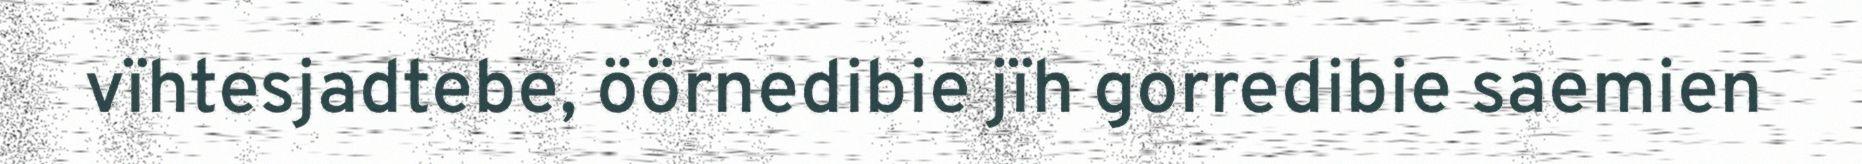
vïhtesjadtebe, öörnedibie jïh gorredibie saemien